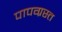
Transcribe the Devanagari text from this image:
पापग्रस्त